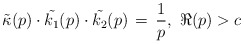
\begin{align*}\tilde{\kappa}(p)\cdot \tilde{k_1}(p) \cdot \tilde{k_2}(p) \, = \, \frac{1}{p},\ \Re(p) > c\end{align*}